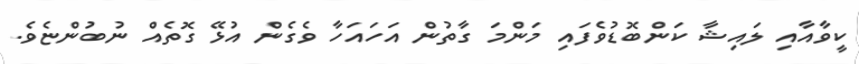
ކީވާއާއި ލައިޝާ ކަންބޮޑުވެފައި މަންމަ ގާތުން އަހައަހާ ވެގެން އުޅޭ ގޮތެއް ނުބުންޏެވެ.